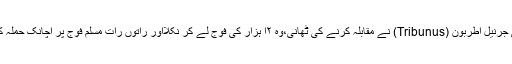
رومی جرنیل اطربون (Tribunus) نے مقابلہ کرنے کی ٹھانی،وہ ۲ا ہزار کی فوج لے کر نکلااور راتوں رات مسلم فوج پر اچانک حملہ کر دیا۔